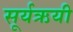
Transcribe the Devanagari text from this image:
सूर्यऋयी